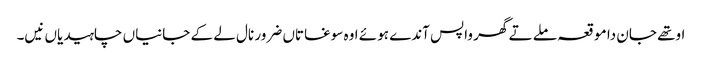
اوتھے جان دا موقعہ ملے تے گھر واپس آندے ہوئے اوہ سوغاتاں ضرور نال لے کے جانیاں چاہیدیاں نیں۔